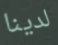
لدينا